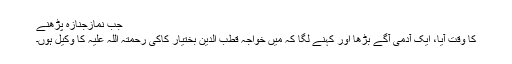
جب نمازجنازہ پڑھنے
کا وقت آیا، ایک آدمی آگے بڑھا اور کہنے لگا کہ میں خواجہ قطب الدین بختیار کاکی رحمتہ اللہ علیہ کا وکیل ہوں۔